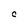
Character: C